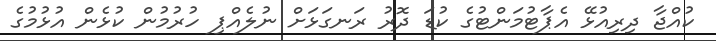
ކުއްޖާ ދިރިއުޅޭ އެޕާޓުމަންޓުގެ ކުޑަ ދޮރު ރަނގަޅަށް ނުލެއްޕި ހުރުމުން ކުޅެން އުޅުމުގެ